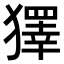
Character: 𤢟